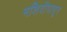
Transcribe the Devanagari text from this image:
मशिदीपासून